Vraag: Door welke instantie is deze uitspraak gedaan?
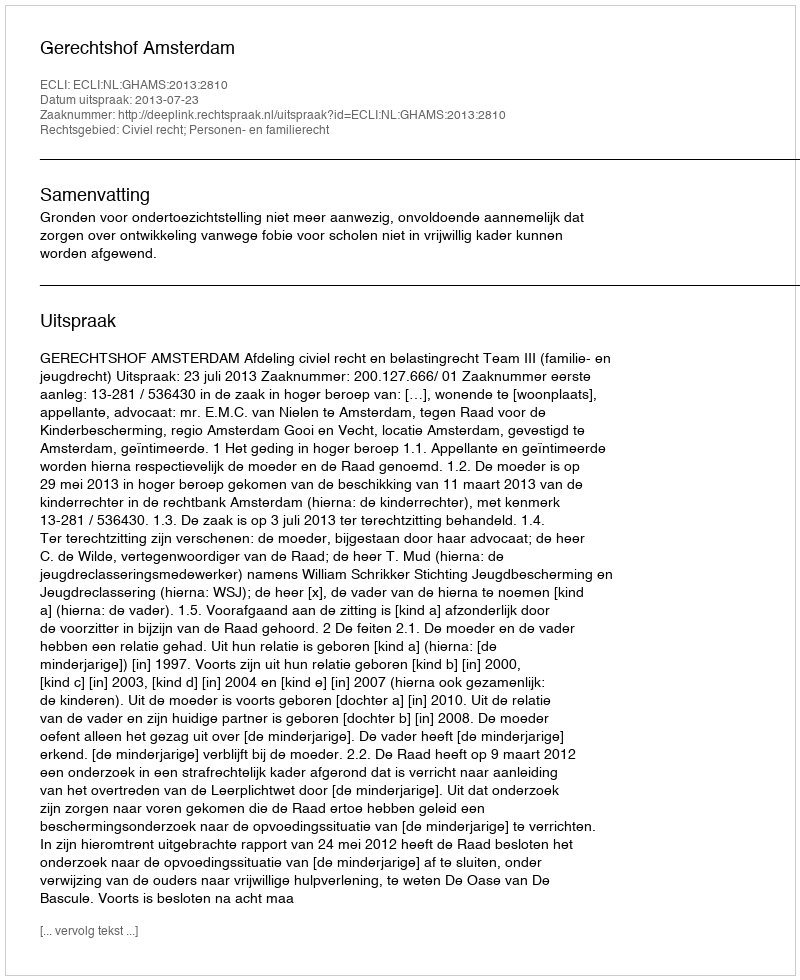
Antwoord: Gerechtshof Amsterdam